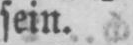
sein.